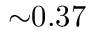
{ \sim } 0 . 3 7